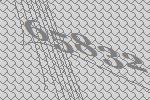
65832